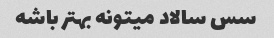
سس سالاد میتونه بهتر باشه